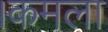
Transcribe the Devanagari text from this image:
।कमला